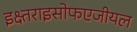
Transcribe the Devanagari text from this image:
इक्ष्तराइसोफएजीयल